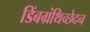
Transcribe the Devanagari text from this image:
डिंबग्रंथिच्छेदन